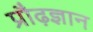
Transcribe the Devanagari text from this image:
प्रौढ़ज्ञान